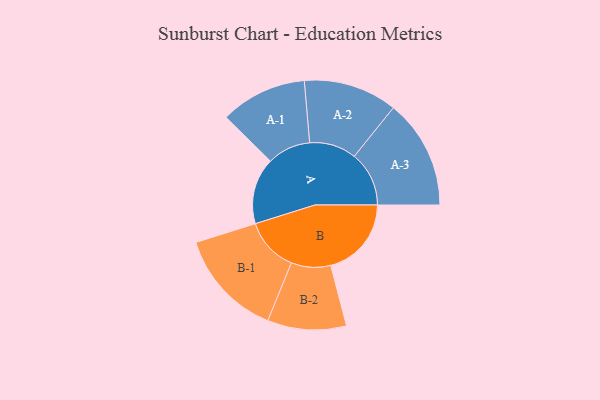
{"axis": {"x": "Segment", "y": "Value"}, "legend": ["", "A", "B"], "data": [{"x": "A", "y": 320, "type": ""}, {"x": "B", "y": 389, "type": ""}, {"x": "A-1", "y": 209, "type": "A"}, {"x": "A-2", "y": 226, "type": "A"}, {"x": "A-3", "y": 264, "type": "A"}, {"x": "B-1", "y": 260, "type": "B"}, {"x": "B-2", "y": 190, "type": "B"}]}